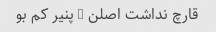
قارچ نداشت اصلن … پنیر کم بو